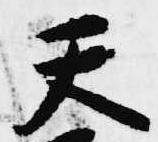
天